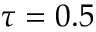
\tau = 0 . 5